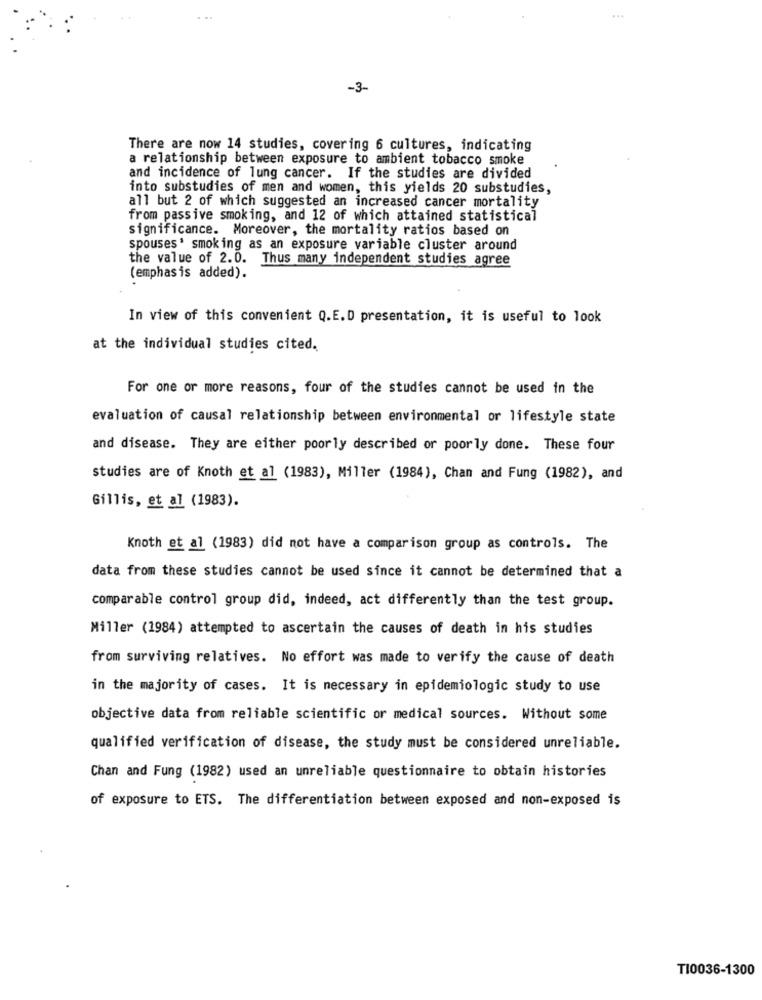
...
-3-
There are now 14 studies, covering 6 cultures, indicating
a relationship between exposure to ambient tobacco smoke
and incidence of lung cancer. If the studies are divided
into substudies of men and women, this yields 20 substudies,
all but 2 of which suggested an increased cancer mortality
from passive smoking, and 12 of which attained statistical
significance. Moreover, the mortality ratios based on
spouses' smoking as an exposure variable cluster around
the value of 2.0. Thus many independent studies agree
(emphasis added).
In view of this convenient Q.E.D presentation, it is useful to look
at the individual studies cited.
For one or more reasons, four of the studies cannot be used in the
evaluation of causal relationship between environmental or lifestyle state
and disease. They are either poorly described or poorly done. These four
studies are of Knoth et al (1983), Miller (1984), Chan and Fung (1982), and
Gillis, et al (1983).
Knoth et al (1983) did not have a comparison group as controls. The
data from these studies cannot be used since it cannot be determined that a
comparable control group did, indeed, act differently than the test group.
Miller (1984) attempted to ascertain the causes of death in his studies
from surviving relatives. No effort was made to verify the cause of death
in the majority of cases. It is necessary in epidemiologic study to use
objective data from reliable scientific or medical sources. Without some
qualified verification of disease, the study must be considered unreliable.
Chan and Fung (1982) used an unreliable questionnaire to obtain histories
of exposure to ETS. The differentiation between exposed and non-exposed is
TI0036-1300